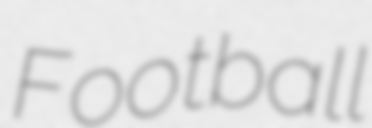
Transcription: Football